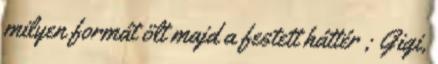
milyen formát ölt majd a festett háttér ; Gigi,